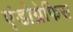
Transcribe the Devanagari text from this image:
एंडोग्रेफिस